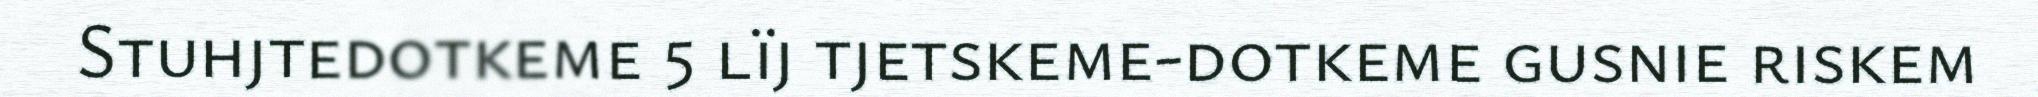
Stuhjtedotkeme 5 lïj tjetskeme-dotkeme gusnie riskem